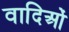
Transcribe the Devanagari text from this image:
वादिओं